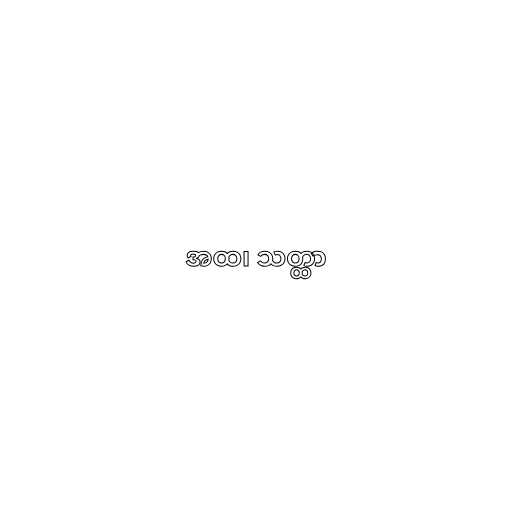
အထ၊ သတ္ထာ